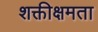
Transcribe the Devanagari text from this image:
शक्तीक्षमता